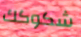
شكوكك